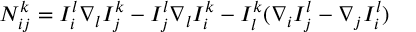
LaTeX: N _ { i j } ^ { k } = I _ { i } ^ { l } \nabla _ { l } I _ { j } ^ { k } - I _ { j } ^ { l } \nabla _ { l } I _ { i } ^ { k } - I _ { l } ^ { k } ( \nabla _ { i } I _ { j } ^ { l } - \nabla _ { j } I _ { i } ^ { l } )